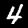
Label: 4